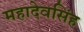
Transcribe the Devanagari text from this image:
महादेवसिंह